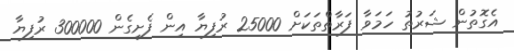
އެގޮތުން ޝަރުތު ހަމަވާ ފަރާތްތަކަށް 25000 ރުފިޔާ އިން ފެށިގެން 300000 ރުފިޔާ